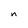
Character: n